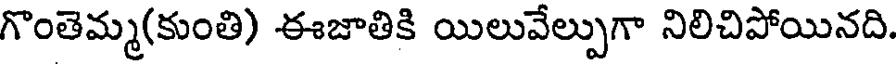
గొంతెమ్మ(కుంతి) ఈజాతికి యిలువేల్పుగా నిలిచిపోయినది.